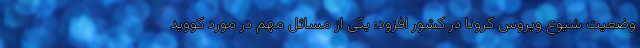
وضعیت شیوع ویروس کرونا در کشور افزود: یکی از مسائل مهم در مورد کووید